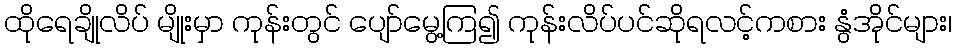
ထိုရေချိုလိပ် မျိုးမှာ ကုန်းတွင် ပျော်မွေ့ကြ၍ ကုန်းလိပ်ပင်ဆိုရလင့်ကစား နွံအိုင်များ၊